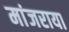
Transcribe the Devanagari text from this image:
मांजराया